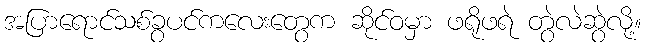
အပြာရောင်သစ်ခွပင်ကလေးတွေက ဆိုင်ဝမှာ ဖရိုဖရဲ တွဲလဲဆွဲလို့။